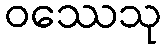
ဝဿေသု